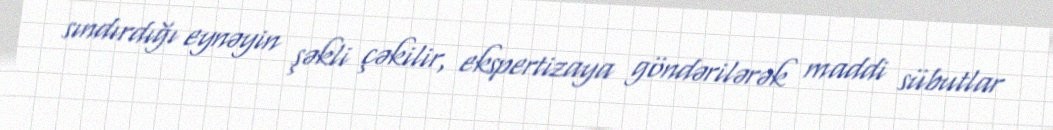
sındırdığı eynəyin şəkli çəkilir, ekspertizaya göndərilərək maddi sübutlar